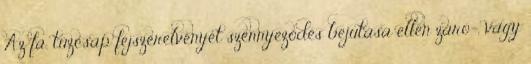
Az fa. tûzcsap fejszerelvényét szennyezõdés bejutása ellen záró-, vagy